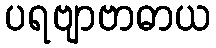
ပရဗျာဗာဓာယ